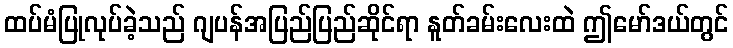
ထပ်မံပြုလုပ်ခဲ့သည် ဂျပန်အပြည်ပြည်ဆိုင်ရာ နူတ်ခမ်းလေးထဲ ဤမော်ဒယ်တွင်